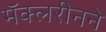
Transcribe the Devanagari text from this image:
मॅक्लरीनने